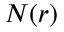
N ( r )